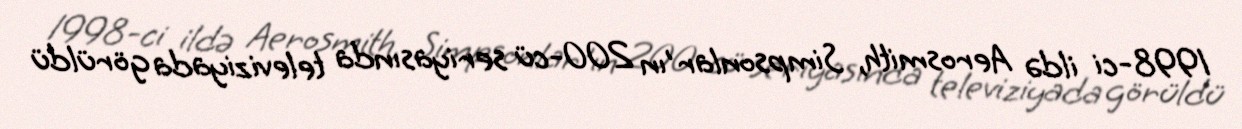
1998-ci ildə Aerosmith, Simpsonlar'ın 200-cü seriyasında televiziyada görüldü